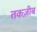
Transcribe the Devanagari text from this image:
तकज़ीब